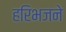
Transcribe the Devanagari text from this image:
हरिभजने